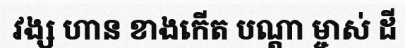
វង្ស ហាន ខាងកើត បណ្តា ម្ចាស់ ដី